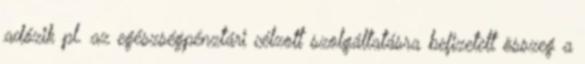
adózik pl. az egészségpénztári célzott szolgáltatásra befizetett összeg a